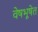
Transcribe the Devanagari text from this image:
वेषभूषेत